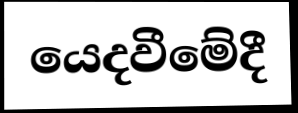
යෙදවීමේදී